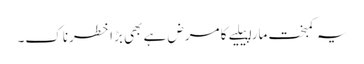
یہ کمبخت مارا پیلیے کا مرض ہے بھی بڑا خطرناک۔